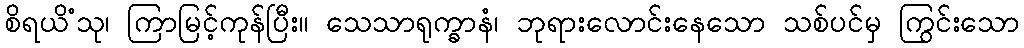
စိရယိံသု၊ ကြာမြင့်ကုန်ပြီး။ သေသာရုက္ခာနံ၊ ဘုရားလောင်းနေသော သစ်ပင်မှ ကြွင်းသော